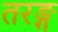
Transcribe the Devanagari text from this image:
तरङ्ग